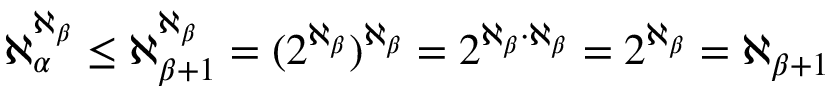
\aleph _ { \alpha } ^ { \aleph _ { \beta } } \leq \aleph _ { \beta + 1 } ^ { \aleph _ { \beta } } = ( 2 ^ { \aleph _ { \beta } } ) ^ { \aleph _ { \beta } } = 2 ^ { \aleph _ { \beta } \cdot \aleph _ { \beta } } = 2 ^ { \aleph _ { \beta } } = \aleph _ { \beta + 1 }